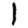
Digit: 1